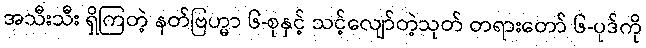
အသီးသီး ရှိကြတဲ့ နတ်ဗြဟ္မာ ၆-စုနှင့် သင့်လျော်တဲ့သုတ် တရားတော် ၆-ပုဒ်ကို